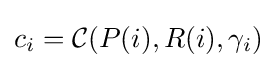
c_{i}={\mathcal {C}}(P(i),R(i),\gamma _{i})